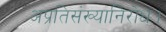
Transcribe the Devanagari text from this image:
अप्रतिसंख्यानिरोध।